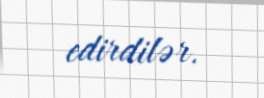
edirdilər.